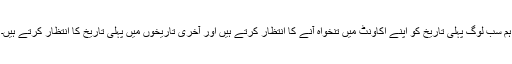
ہم سب لوگ پہلی تاریخ کو اپنے اکاؤنٹ میں تنخواہ آنے کا انتظار کرتے ہیں اور آخری تاریخوں میں پہلی تاریخ کا انتظار کرتے ہیں۔